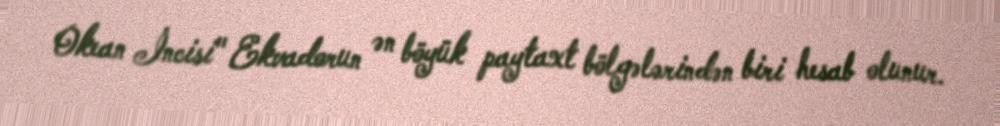
Okean İncisi" Ekvadorun ən böyük paytaxt bölgələrindən biri hesab olunur.